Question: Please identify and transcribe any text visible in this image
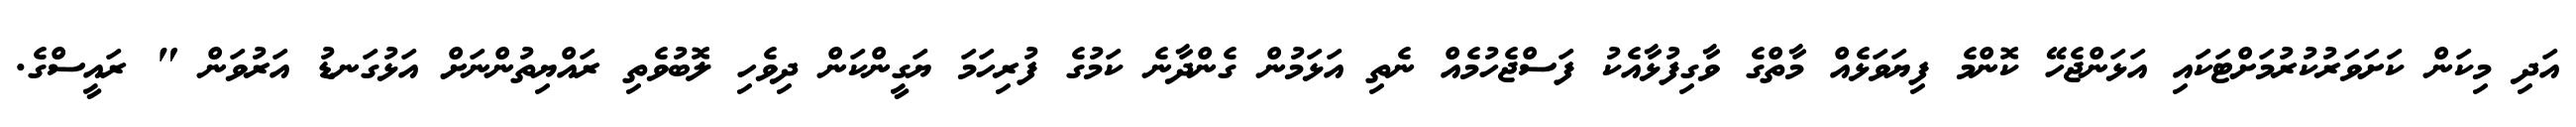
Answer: އަދި މިކަން ކަށަވަރުކުރުމަށްޓަކައި އަޅަންޖެހޭ ކޮންމެ ފިޔަވަޅެއް މާތްގެ ވާގިފުޅާއެކު ފަސްޖެހުމެއް ނެތި އަޅަމުން ގެންދާނެ ކަމުގެ ފުރިހަމަ ޔަގީންކަން ދިވެހި ލޮބުވެތި ރައްޔިތުންނަށް އަޅުގަނޑު އަރުވަން " ރައީސްގެ.